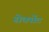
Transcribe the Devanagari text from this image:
सेक्सेंट